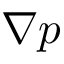
\nabla p